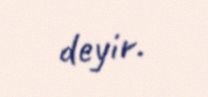
deyir.